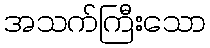
အသက်ကြီးသော